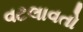
વટલાવતો